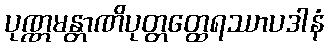
ပုဏ္ဏမန္တာဏိပုတ္တတ္ထေရဿာပဒါနံ